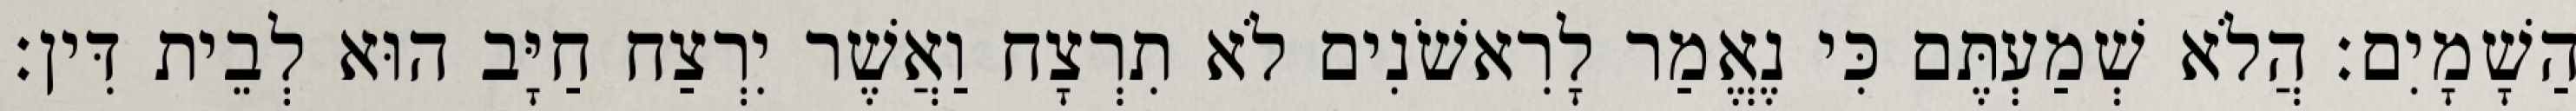
הַשָׁמָיִם׃ הֲלֹא שְׁמַעְתֶּם כִּי נֶאֱמַר לָרִאשֹׁנִים לֹא תִרְצָח וַאֲשֶׁר יִרְצַח חַיָּב הוּא לְבֵית דִּין׃